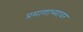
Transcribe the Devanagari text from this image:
प्रमाणाच्यावर